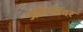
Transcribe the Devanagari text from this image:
अलेग्जांदर